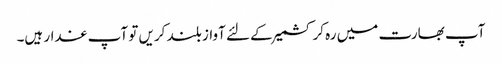
آپ بھارت میں رہ کر کشمیر کے لئے آواز بلند کریں تو آپ غدار ہیں۔